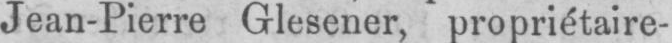
Jean-Pierre Glesener, propriétaire-